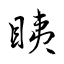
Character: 眱